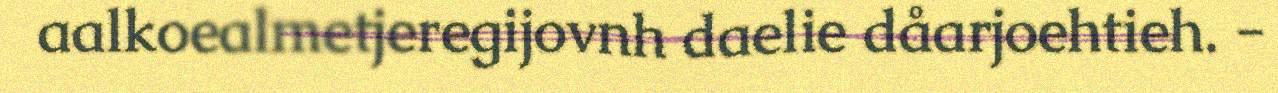
aalkoealmetjeregijovnh daelie dåarjoehtieh. -